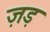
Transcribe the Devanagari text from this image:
ज़ड़